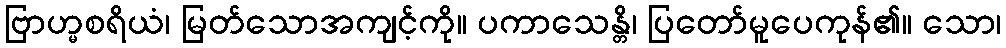
ဗြာဟ္မစရိယံ၊ မြတ်သောအကျင့်ကို။ ပကာသေန္တိ၊ ပြတော်မူပေကုန်၏။ သော၊